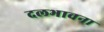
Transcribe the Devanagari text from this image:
दलभावना